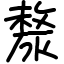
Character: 漦